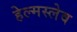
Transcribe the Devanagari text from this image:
हेल्मस्लेव